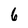
Character: 6